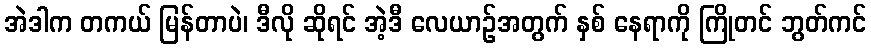
အဲဒါက တကယ် မြန်တာပဲ၊ ဒီလို ဆိုရင် အဲ့ဒီ လေယာဉ်အတွက် နှစ် နေရာကို ကြိုတင် ဘွတ်ကင်